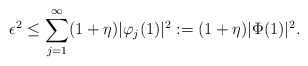
\begin{align*}\epsilon^2 &\leq \sum_{j=1} ^\infty (1+\eta) |\varphi_j (1)|^2 := (1+\eta) |\Phi(1)|^2.\end{align*}